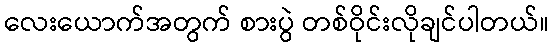
လေးယောက်အတွက် စားပွဲ တစ်ဝိုင်းလိုချင်ပါတယ်။